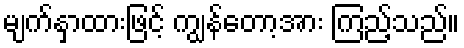
မျက်နှာထားဖြင့် ကျွန်တော့အား ကြည့်သည်။